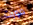
فورت